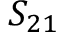
S _ { 2 1 }